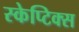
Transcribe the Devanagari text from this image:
स्केप्टिक्स